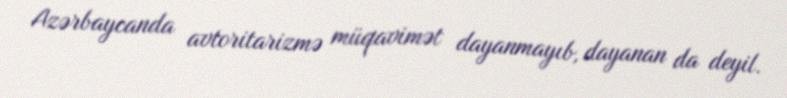
Azərbaycanda avtoritarizmə müqavimət dayanmayıb, dayanan da deyil.